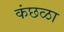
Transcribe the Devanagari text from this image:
कंछळा